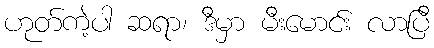
ဟုတ်ကဲ့ပါ ဆရာ၊ ဒီမှာ မီးမောင်း လာပြီ